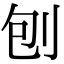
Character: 刨